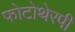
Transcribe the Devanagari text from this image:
फोटोथेरपी